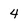
Character: 4